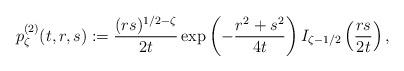
LaTeX: \begin{align*} p_\zeta^{(2)}(t,r,s) & : = \frac{(rs)^{1/2-\zeta}}{2t}\exp\left(-\frac{r^2+s^2}{4t}\right)I_{\zeta-1/2}\left(\frac{rs}{2t}\right), \end{align*}